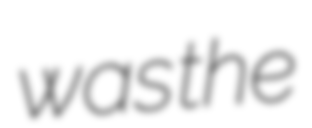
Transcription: was the